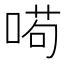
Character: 𠸚